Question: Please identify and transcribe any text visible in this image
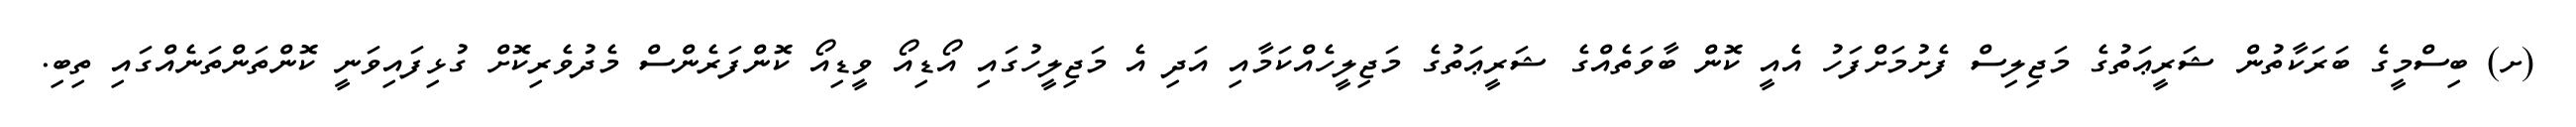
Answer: (ށ) ބިސްމީގެ ބަރަކާތުން ޝަރީޢަތުގެ މަޖިލިސް ފެށުމަށްފަހު އެއީ ކޮން ބާވަތެއްގެ ޝަރީޢަތުގެ މަޖިލީހެއްކަމާއި އަދި އެ މަޖިލީހުގައި އޯޑިއޯ ވީޑިއޯ ކޮންފަރެންސް މެދުވެރިކޮށް ގުޅިފައިވަނީ ކޮންތަންތަނެއްގައި ތިބި.